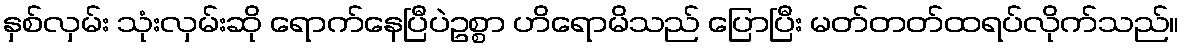
နှစ်လှမ်း သုံးလှမ်းဆို ရောက်နေပြီပဲဥစ္စာ ဟိရောမိသည် ပြောပြီး မတ်တတ်ထရပ်လိုက်သည်။